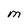
Character: M